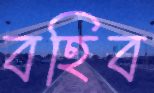
বহিব